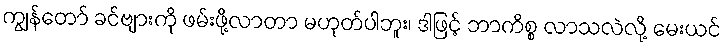
ကျွန်တော် ခင်ဗျားကို ဖမ်းဖို့လာတာ မဟုတ်ပါဘူး၊ ဒါဖြင့် ဘာကိစ္စ လာသလဲလို့ မေးယင်